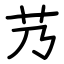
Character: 艿